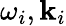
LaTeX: \omega_{i},\mathbf{k}_{i}